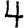
Digit: 4